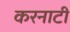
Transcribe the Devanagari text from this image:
करनाटी